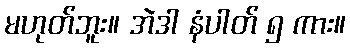
မဟုတ်ဘူး။ အဲဒါ နံပါတ် ၅ ကား။